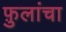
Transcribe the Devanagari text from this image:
फ़ुलांचा